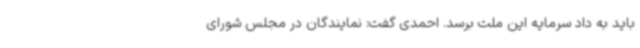
باید به داد سرمایه این ملت برسد. احمدی گفت: نمایندگان در مجلس شورای